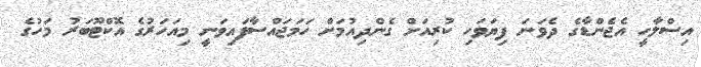
އިސްލާހީ އެޖެންޑާގެ ދެވަނަ ފިޔަވަހި ކުރިއަށް ގެންދިއުމަށް ހަމަޖައްސާފައިވަނީ މިއަހަރުގެ އޮކްޓޫބަރު މަހުގެ